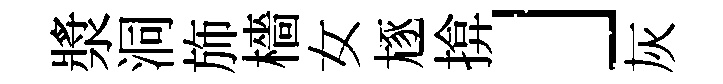
漿洞斾檣女豗揜」灰